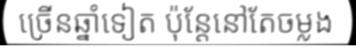
ច្រើនឆ្នាំទៀត ប៉ុន្តែនៅតែចម្លង